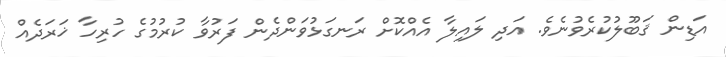
އަޑިން ޤަބޫލުކުރެވުނެވެ. އަދި ލައިލާ އެއްކޮށް ރަނގަޅުވަންދެން ފަރުވާ ކުރުމުގެ ހުރިހާ ޚަރަދެއް